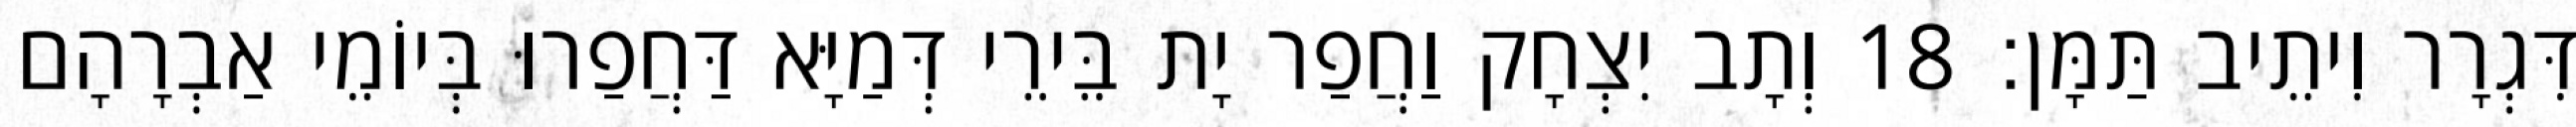
דִּגְרָר וִיתֵיב תַּמָּן׃ 18 וְתָב יִצְחָק וַחֲפַר יָת בֵּירֵי דְּמַיָּא דַּחֲפַרוּ בְּיוֹמֵי אַבְרָהָם